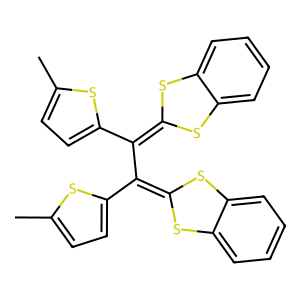
SMILES: Cc1ccc(C(=C2Sc3ccccc3S2)C(=C2Sc3ccccc3S2)c2ccc(C)s2)s1
Inhibits HIV replication: No